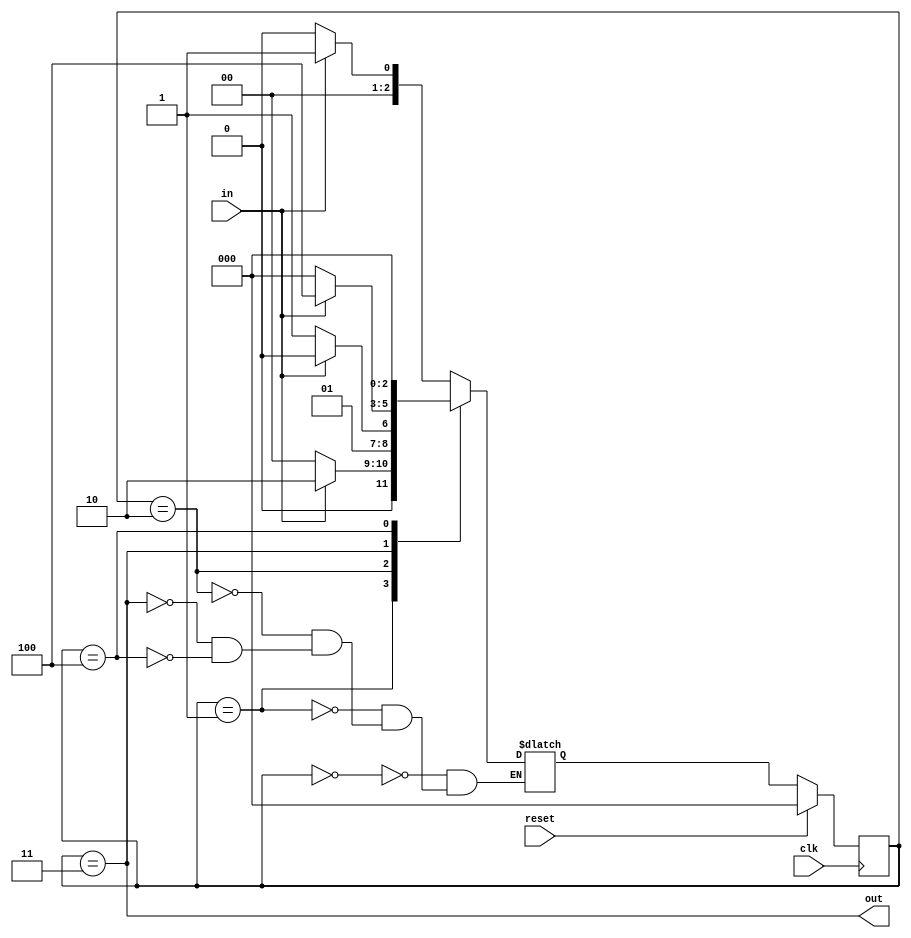
module sequencedetector(out,clk,reset,in);
	input clk,in,reset;
	output out;
	
	parameter idle=3'b000,got1=3'b001,got11=3'b010,got110=3'b011,got1101=3'b100;
	reg [2:0] ns,ps;
	
	always@(posedge clk)
	begin
		if(reset)
			ps<=idle;
		else
			ps<=ns;
	end
	
	always@(ps,in)
	begin
		case(ps)
		idle: begin
				if(in==1)
				ns=got1;
				else
				ns=idle;
				end
		got1: begin
				if(in==1)
				ns=got11;
				else
				ns=idle;
				end
		got11: begin
				if(in==0)
				ns=got110;
				else
				ns=got11;
				end
		got110: begin
				if(in==1)
				ns=got1101;
				else
				ns=idle;
				end
		got1101: begin
				if(in==1)
				ns=idle;
				else
				ns=idle;
				end
			endcase
			end
		
	assign out=(ps==got110);
	endmodule